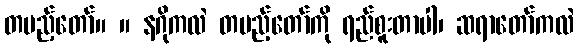
တပည့်တော်။ ။ နဂိုကလဲ တပည့်တော်ကို ရည်စူးတာပါ၊ ဆရာတော်ကလဲ